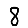
Digit: 8